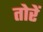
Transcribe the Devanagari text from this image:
तोरें